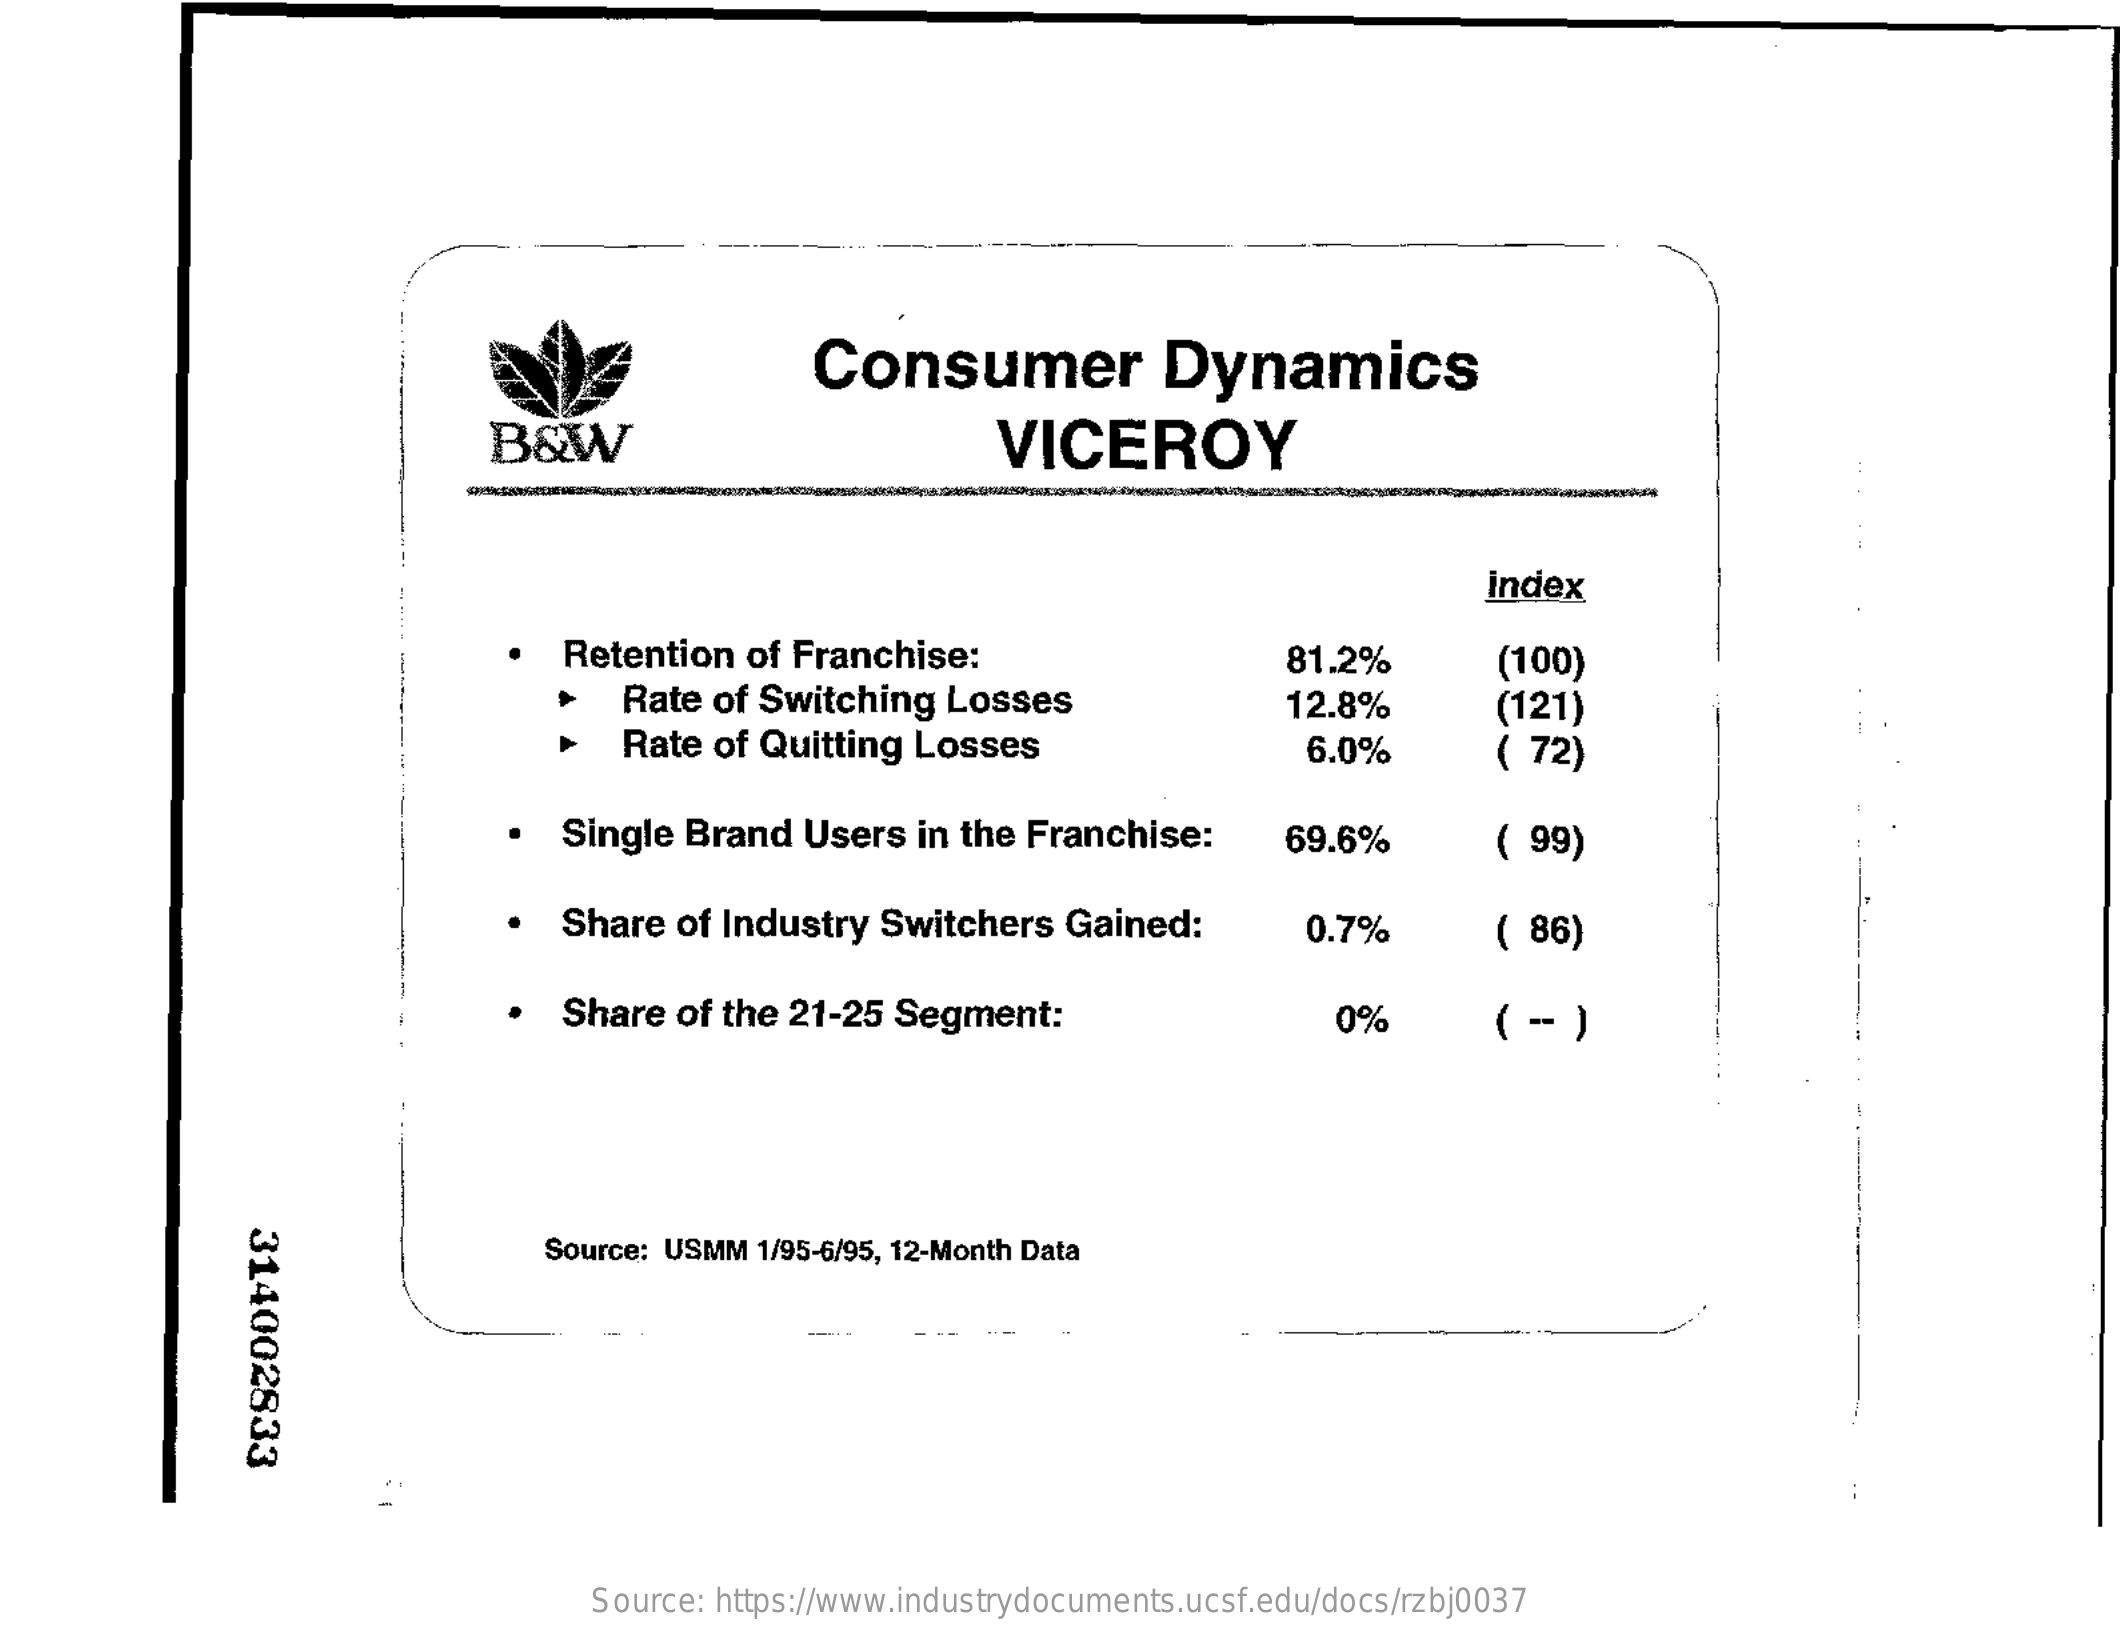
Consumer    Dynamics
     B&W    VICEROY
     index
     Retention  of Franchise:    81.2%
     Rate of Switching   Losses
     (100)
     Rate  of Quitting  Losses
     12.8%    (121)
     6.0%    (  72)
     Single Brand   Users  in the Franchise:    69.6%    ( 99)
     Share  of Industry  Switchers  Gained:    0.7%    ( 86)
     Share  of the 21-25  Segment:    0%    (-)
     314002833
     Source: USMM 1/95-6/95, 12-Month Data
     Source: https://www.industrydocuments.ucsf.edu/docs/rzbj0037